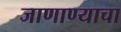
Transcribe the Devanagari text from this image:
जाणाण्याचा